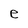
Character: e